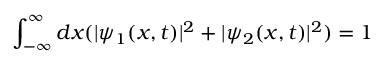
\int _ { - \infty } ^ { \infty } d x ( | \psi _ { 1 } ( x , t ) | ^ { 2 } + | \psi _ { 2 } ( x , t ) | ^ { 2 } ) = 1